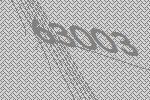
63003